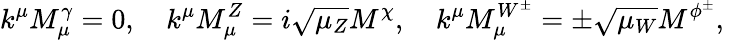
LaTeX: k^{\mu}M_{\mu}^{\gamma}=0,\quad k^{\mu}M_{\mu}^{Z}=i\sqrt{\mu_{Z}}M^{\chi},\quad k^{\mu}M_{\mu}^{W^{\pm}}=\pm\sqrt{\mu_{W}}M^{\phi^{\pm}},\quad